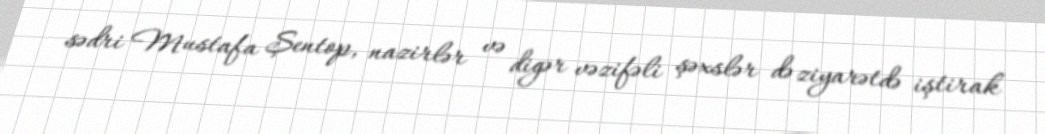
sədri Mustafa Şentop, nazirlər və digər vəzifəli şəxslər də ziyarətdə iştirak